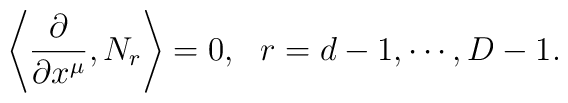
\left\langle \frac{\partial }{\partial x^{\mu}},N_{r}\right\rangle =0,~~r=d-1,\cdots ,D-1.